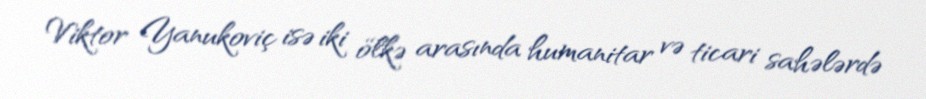
Viktor Yanukoviç isə iki ölkə arasında humanitar və ticari sahələrdə